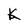
Character: K